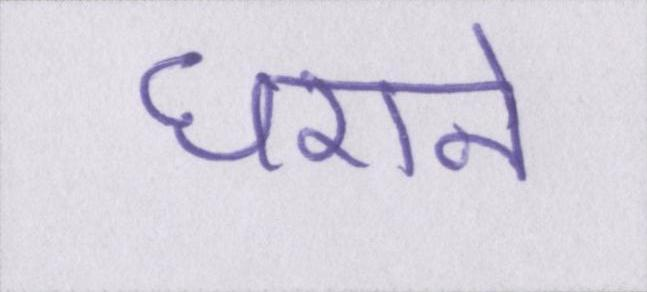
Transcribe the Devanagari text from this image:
घराने